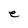
Character: e